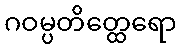
ဂဝမ္ပတိတ္ထေရော